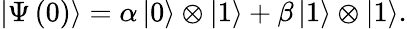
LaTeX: \left|\Psi\left(0\right)\right\rangle=\alpha\left|0\right\rangle\otimes\left|1\right\rangle+\beta\left|1\right\rangle\otimes\left|1\right\rangle.